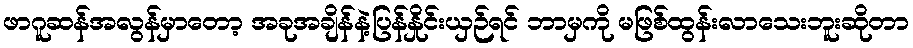
ဖာဂူဆန်အလွန်မှာတော့ အခုအချိန်နဲ့ပြန်နှိုင်းယှဉ်ရင် ဘာမှကို မဖြစ်ထွန်းလာသေးဘူးဆိုတာ